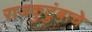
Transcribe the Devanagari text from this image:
राजकुटुंबाचे